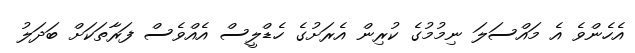
އެހެންވެ އެ މައްސަލަ ނިމުމުގެ ކުރިން އެރަށުގެ ހެޑްލީސް އެއްވެސް ފަރާތަކަށް ބަދަލު